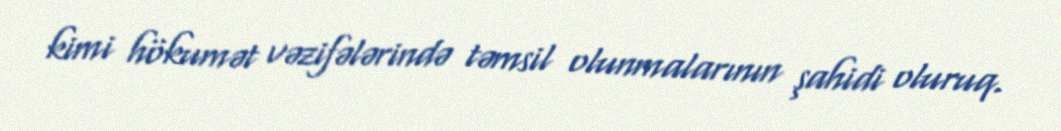
kimi hökumət vəzifələrində təmsil olunmalarının şahidi oluruq.